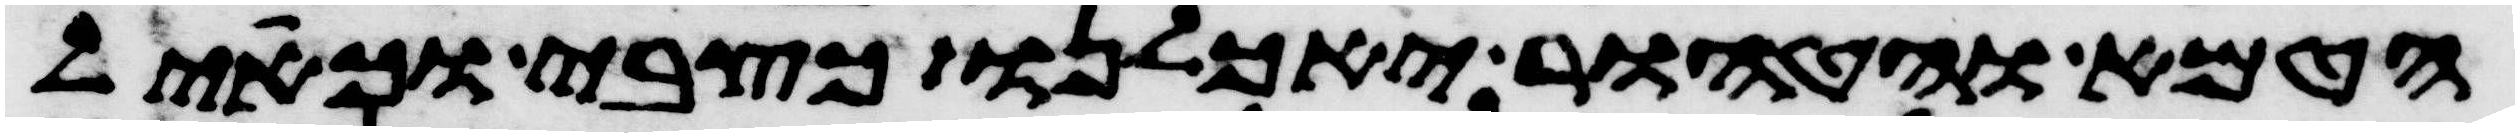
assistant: הטמא והטהור יאכלנו כצבי וכאיל